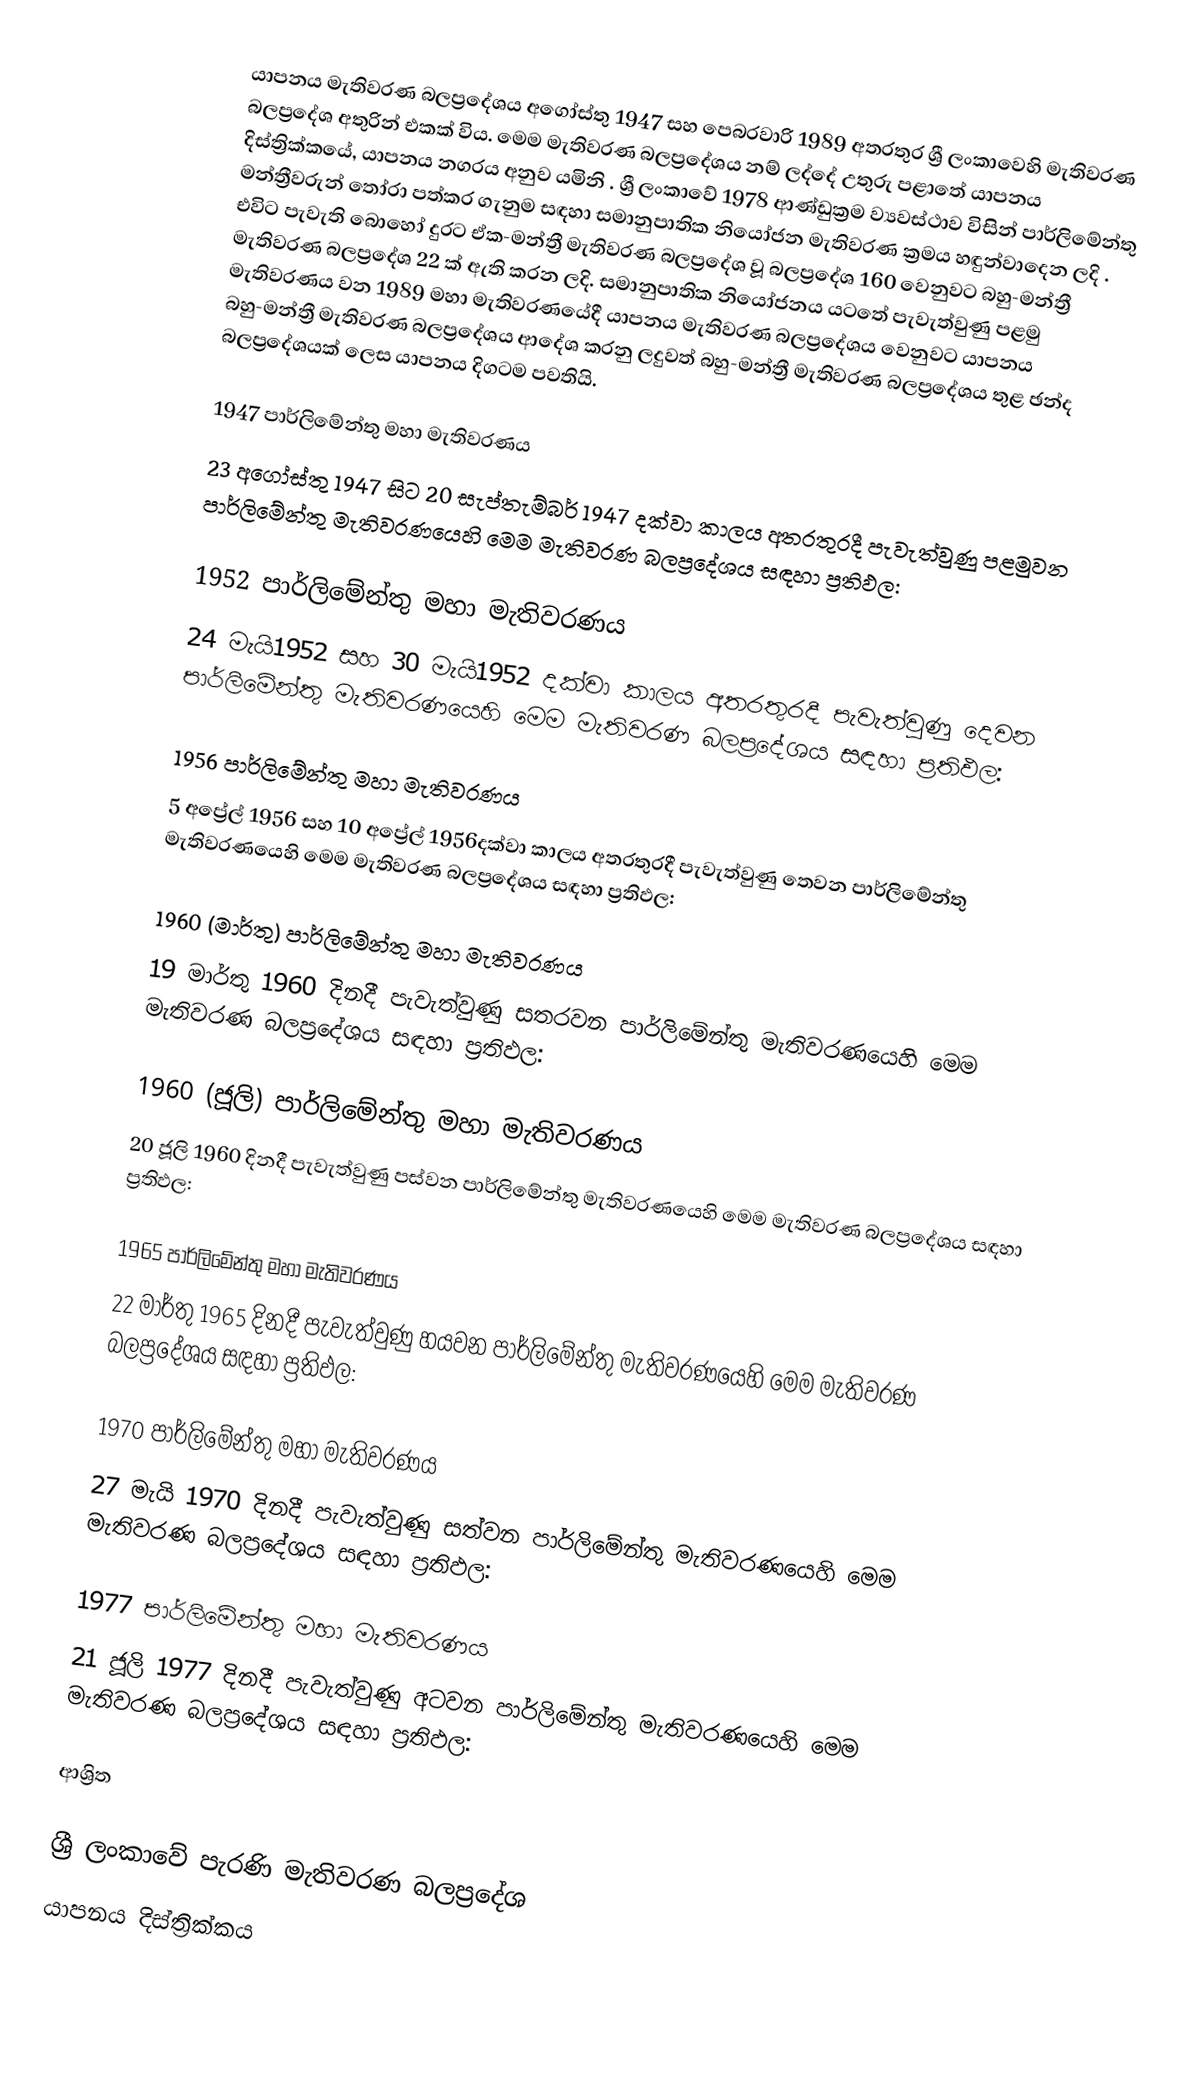
යාපනය මැතිවරණ බලප්‍රදේශය  අගෝස්තු 1947 සහ පෙබරවාරි 1989 අතරතුර  ශ්‍රී ලංකාවෙහි  මැතිවරණ බලප්‍රදේශ අතුරින් එකක් විය. මෙම මැතිවරණ බලප්‍රදේශය නම් ලද්දේ  උතුරු පළාතේ  යාපනය දිස්ත්‍රික්කයේ,  යාපනය නගරය අනුව යමිනි . ශ්‍රී ලංකාවේ 1978 ආණ්ඩුක්‍රම ව්‍යවස්ථාව විසින්   පාර්ලිමේන්තු මන්ත්‍රීවරුන් තෝරා පත්කර ගැනුම සඳහා සමානුපාතික නියෝජන මැතිවරණ ක්‍රමය හඳුන්වාදෙන ලදි . එවිට පැවැති බොහෝ දුරට  ඒක-මන්ත්‍රී මැතිවරණ බලප්‍රදේශ වූ බලප්‍රදේශ 160 වෙනුවට බහු-මන්ත්‍රී මැතිවරණ බලප්‍රදේශ 22 ක් ඇති කරන ලදි. සමානුපාතික නියෝජනය යටතේ පැවැත්වුණු පළමු මැතිවරණය වන 1989 මහා මැතිවරණයේදී  යාපනය මැතිවරණ බලප්‍රදේශය වෙනුවට  යාපනය බහු-මන්ත්‍රී මැතිවරණ බලප්‍රදේශය  ආදේශ කරනු ලදුවත් බහු-මන්ත්‍රී මැතිවරණ බලප්‍රදේශය තුළ ඡන්ද බලප්‍රදේශයක් ලෙස යාපනය දිගටම පවතියි.

1947 පාර්ලිමේන්තු මහා මැතිවරණය
23 අගෝස්තු 1947 සිට 20 සැප්තැම්බර් 1947 දක්වා කාලය අතරතුරදී පැවැත්වුණු  පළමුවන පාර්ලිමේන්තු මැතිවරණයෙහි මෙම මැතිවරණ බලප්‍රදේශය සඳහා ප්‍රතිඵල:

1952 පාර්ලිමේන්තු මහා මැතිවරණය
24 මැයි1952 සහ 30 මැයි1952 දක්වා කාලය අතරතුරදී පැවැත්වුණු  දෙවන පාර්ලිමේන්තු මැතිවරණයෙහි මෙම මැතිවරණ බලප්‍රදේශය සඳහා ප්‍රතිඵල:

1956 පාර්ලිමේන්තු මහා මැතිවරණය
5 අප්‍රේල් 1956 සහ 10 අප්‍රේල් 1956දක්වා කාලය අතරතුරදී පැවැත්වුණු  තෙවන පාර්ලිමේන්තු මැතිවරණයෙහි මෙම මැතිවරණ බලප්‍රදේශය සඳහා ප්‍රතිඵල:

1960 (මාර්තු) පාර්ලිමේන්තු මහා මැතිවරණය
19 මාර්තු 1960 දිනදී පැවැත්වුණු  සතරවන පාර්ලිමේන්තු මැතිවරණයෙහි මෙම මැතිවරණ බලප්‍රදේශය සඳහා ප්‍රතිඵල:

1960 (ජූලි) පාර්ලිමේන්තු මහා මැතිවරණය
20 ජූලි 1960 දිනදී පැවැත්වුණු  පස්වන පාර්ලිමේන්තු මැතිවරණයෙහි මෙම මැතිවරණ බලප්‍රදේශය සඳහා ප්‍රතිඵල:

1965 පාර්ලිමේන්තු මහා මැතිවරණය
22 මාර්තු 1965  දිනදී පැවැත්වුණු  හයවන පාර්ලිමේන්තු මැතිවරණයෙහි මෙම මැතිවරණ බලප්‍රදේශය සඳහා ප්‍රතිඵල:

1970 පාර්ලිමේන්තු මහා මැතිවරණය
27 මැයි 1970 දිනදී පැවැත්වුණු  සත්වන පාර්ලිමේන්තු මැතිවරණයෙහි මෙම මැතිවරණ බලප්‍රදේශය සඳහා ප්‍රතිඵල:

1977 පාර්ලිමේන්තු මහා මැතිවරණය
21 ජූලි 1977 දිනදී පැවැත්වුණු  අටවන පාර්ලිමේන්තු මැතිවරණයෙහි මෙම මැතිවරණ බලප්‍රදේශය සඳහා ප්‍රතිඵල:

ආශ්‍රිත

ශ්‍රී ලංකාවේ පැරණි මැතිවරණ බලප්‍රදේශ
යාපනය දිස්ත්‍රික්කය